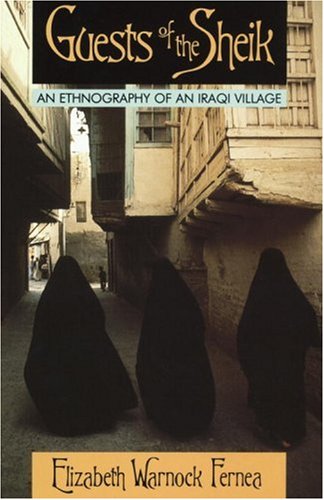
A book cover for Guests of the Sheik: An Ethnography of an Iraqi Village; Elizabeth Warnock Fernea; History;